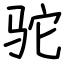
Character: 驼